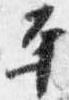
平